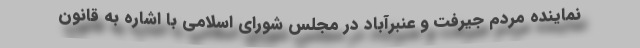
نماینده مردم جیرفت و عنبرآباد در مجلس شورای اسلامی با اشاره به قانون